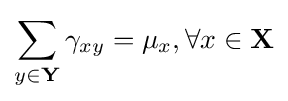
\sum _{y\in \mathbf {Y} }\gamma _{xy}=\mu _{x},\forall x\in \mathbf {X}